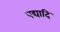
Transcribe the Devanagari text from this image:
पद्यादि